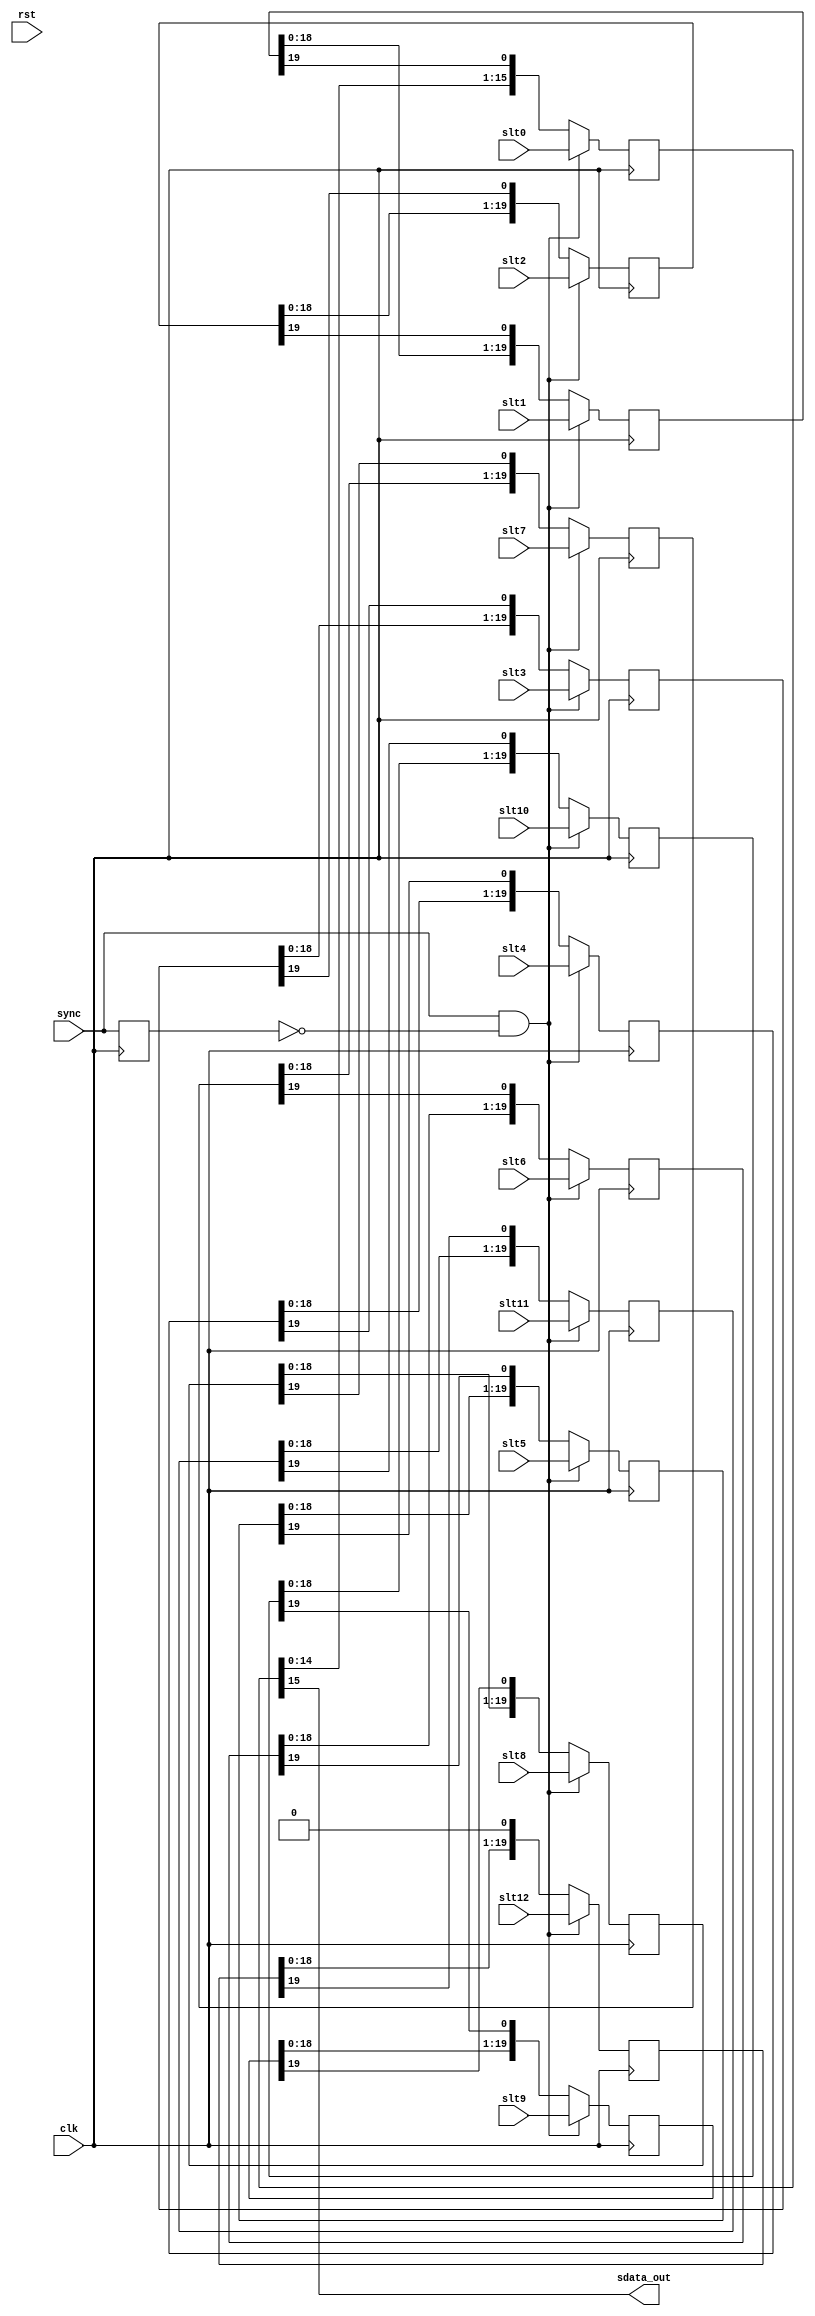
/////////////////////////////////////////////////////////////////////
////                                                             ////
////  WISHBONE AC 97 Codec                                       ////
////  Serial Output Block                                        ////
////                                                             ////
////                                                             ////
////          rudi@asics.ws                                      ////
////                                                             ////
////                                                             ////
////  Downloaded from: http://www.opencores.org/cores/ac97_ctrl/ ////
////                                                             ////
/////////////////////////////////////////////////////////////////////
////                                                             ////
//// Copyright (C) 2000-2002 Rudolf Usselmann                    ////
////                         www.asics.ws                        ////
////                         rudi@asics.ws                       ////
////                                                             ////
//// This source file may be used and distributed without        ////
//// restriction provided that this copyright statement is not   ////
//// removed from the file and that any derivative work contains ////
//// the original copyright notice and the associated disclaimer.////
////                                                             ////
////     THIS SOFTWARE IS PROVIDED ``AS IS'' AND WITHOUT ANY     ////
//// EXPRESS OR IMPLIED WARRANTIES, INCLUDING, BUT NOT LIMITED   ////
//// TO, THE IMPLIED WARRANTIES OF MERCHANTABILITY AND FITNESS   ////
//// FOR A PARTICULAR PURPOSE. IN NO EVENT SHALL THE AUTHOR      ////
//// OR CONTRIBUTORS BE LIABLE FOR ANY DIRECT, INDIRECT,         ////
//// INCIDENTAL, SPECIAL, EXEMPLARY, OR CONSEQUENTIAL DAMAGES    ////
//// (INCLUDING, BUT NOT LIMITED TO, PROCUREMENT OF SUBSTITUTE   ////
//// GOODS OR SERVICES; LOSS OF USE, DATA, OR PROFITS; OR        ////
//// BUSINESS INTERRUPTION) HOWEVER CAUSED AND ON ANY THEORY OF  ////
//// LIABILITY, WHETHER IN  CONTRACT, STRICT LIABILITY, OR TORT  ////
//// (INCLUDING NEGLIGENCE OR OTHERWISE) ARISING IN ANY WAY OUT  ////
//// OF THE USE OF THIS SOFTWARE, EVEN IF ADVISED OF THE         ////
//// POSSIBILITY OF SUCH DAMAGE.                                 ////
////                                                             ////
/////////////////////////////////////////////////////////////////////

//  CVS Log
//
//  $Id: ac97_codec_sout.v,v 1.2 2002-09-19 06:36:19 rudi Exp $
//
//  $Date: 2002-09-19 06:36:19 $
//  $Revision: 1.2 $
//  $Author: rudi $
//  $Locker:  $
//  $State: Exp $
//
// Change History:
//               $Log: not supported by cvs2svn $
//               Revision 1.1  2002/02/13 08:22:32  rudi
//
//               Added test bench for public release
//
//
//
//


module ac97_codec_sout(clk, rst,

	sync, slt0, slt1, slt2, slt3, slt4, slt5,
	slt6, slt7, slt8, slt9, slt10, slt11, slt12,

	sdata_out
	);

input		clk, rst;

// --------------------------------------
// Misc Signals
input		sync;
input	[15:0]	slt0;
input	[19:0]	slt1;
input	[19:0]	slt2;
input	[19:0]	slt3;
input	[19:0]	slt4;
input	[19:0]	slt5;
input	[19:0]	slt6;
input	[19:0]	slt7;
input	[19:0]	slt8;
input	[19:0]	slt9;
input	[19:0]	slt10;
input	[19:0]	slt11;
input	[19:0]	slt12;

// --------------------------------------
// AC97 Codec Interface
output		sdata_out;

////////////////////////////////////////////////////////////////////
//
// Local Wires
//

reg		sdata_out_r;

reg	[15:0]	slt0_r;
reg	[19:0]	slt1_r;
reg	[19:0]	slt2_r;
reg	[19:0]	slt3_r;
reg	[19:0]	slt4_r;
reg	[19:0]	slt5_r;
reg	[19:0]	slt6_r;
reg	[19:0]	slt7_r;
reg	[19:0]	slt8_r;
reg	[19:0]	slt9_r;
reg	[19:0]	slt10_r;
reg	[19:0]	slt11_r;
reg	[19:0]	slt12_r;

reg		sync_r;
wire		sync_e;

////////////////////////////////////////////////////////////////////
//
// Misc Logic
//

// Sync Edge detector
always @(posedge clk)
	sync_r <= #1 sync;

assign sync_e = sync & !sync_r;

////////////////////////////////////////////////////////////////////
//
// Serial Shift Register
//

/*
always @(negedge clk)
	sdata_out_r <= #1 slt0_r[15];

//assign	sdata_out = sdata_out_r;
*/

assign	sdata_out = slt0_r[15];

always @(posedge clk)
	if(sync_e)	slt0_r <= #1 slt0;
	else		slt0_r <= #1 {slt0_r[14:0], slt1_r[19]};

always @(posedge clk)
	if(sync_e)	slt1_r <= #1 slt1;
	else		slt1_r <= #1 {slt1_r[18:0], slt2_r[19]};

always @(posedge clk)
	if(sync_e)	slt2_r <= #1 slt2;
	else		slt2_r <= #1 {slt2_r[18:0], slt3_r[19]};

always @(posedge clk)
	if(sync_e)	slt3_r <= #1 slt3;
	else		slt3_r <= #1 {slt3_r[18:0], slt4_r[19]};

always @(posedge clk)
	if(sync_e)	slt4_r <= #1 slt4;
	else		slt4_r <= #1 {slt4_r[18:0], slt5_r[19]};

always @(posedge clk)
	if(sync_e)	slt5_r <= #1 slt5;
	else		slt5_r <= #1 {slt5_r[18:0], slt6_r[19]};

always @(posedge clk)
	if(sync_e)	slt6_r <= #1 slt6;
	else		slt6_r <= #1 {slt6_r[18:0], slt7_r[19]};

always @(posedge clk)
	if(sync_e)	slt7_r <= #1 slt7;
	else		slt7_r <= #1 {slt7_r[18:0], slt8_r[19]};

always @(posedge clk)
	if(sync_e)	slt8_r <= #1 slt8;
	else		slt8_r <= #1 {slt8_r[18:0], slt9_r[19]};

always @(posedge clk)
	if(sync_e)	slt9_r <= #1 slt9;
	else		slt9_r <= #1 {slt9_r[18:0], slt10_r[19]};

always @(posedge clk)
	if(sync_e)	slt10_r <= #1 slt10;
	else		slt10_r <= #1 {slt10_r[18:0], slt11_r[19]};

always @(posedge clk)
	if(sync_e)	slt11_r <= #1 slt11;
	else		slt11_r <= #1 {slt11_r[18:0], slt12_r[19]};

always @(posedge clk)
	if(sync_e)	slt12_r <= #1 slt12;
	else		slt12_r <= #1 {slt12_r[18:0], 1'b0 };


endmodule